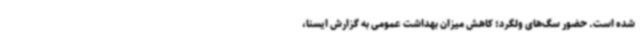
شده است. حضور سگ‌های ولگرد؛ کاهش میزان بهداشت عمومی به گزارش ایسنا،